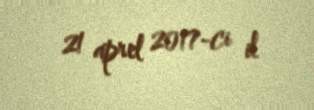
21 aprel 2017-ci il